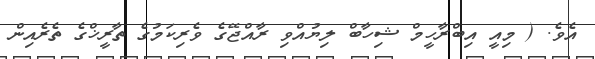
އެވެ. ( މިއީ އިބްރާހީމް ޝިހާބް ލިޔުއްވި ރާއްޖޭގެ ވެރިކަމުގެ ތާރީޚްގެ ތެރެއިން